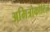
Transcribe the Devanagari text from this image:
अमित्रोकोटिज़